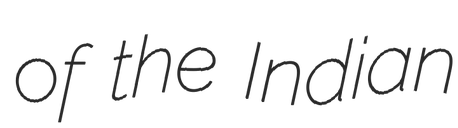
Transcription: of the Indian